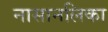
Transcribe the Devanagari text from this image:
नासानलिका